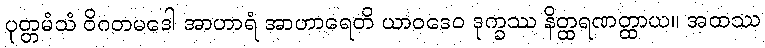
ပုတ္တမံသံ ဝိဂတမဒေါ အာဟာရံ အာဟာရေတိ ယာဝဒေဝ ဒုက္ခဿ နိတ္ထရဏတ္ထာယ။ အထဿ